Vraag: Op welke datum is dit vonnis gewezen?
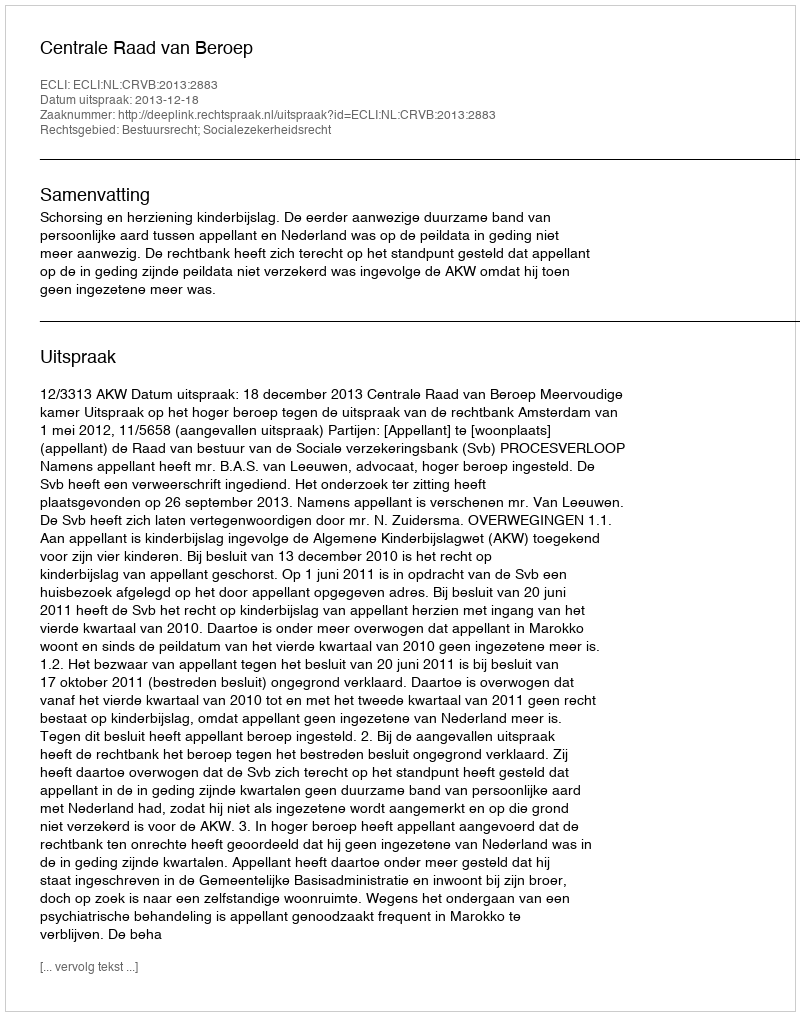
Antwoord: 2013-12-18